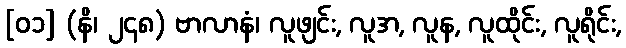
[၀၁] (နိ၊ ၂၄၈) ဗာလာနံ၊ လူဖျင်း, လူအ, လူန, လူထိုင်း, လူရိုင်း,